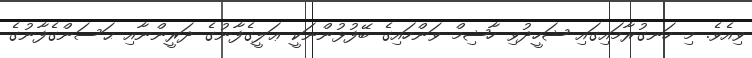
ވިއެވެ. މި ހަނގުރާމައިގައި ޝަހީދުވި ހާޝިމް ވަންހައިގެ ބޭފުޅުންނަކީ ޢަލީގެފާނުގެ ދަރީންނާއި ޙަސަންގެފާނުގެ